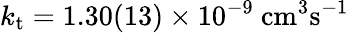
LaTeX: k_{\mathrm{t}}=1.30(13)\times 10^{-9}~\mathrm{cm^{3}s^{-1}}